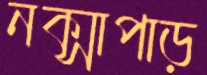
নক্সাপাড়